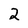
Character: 2